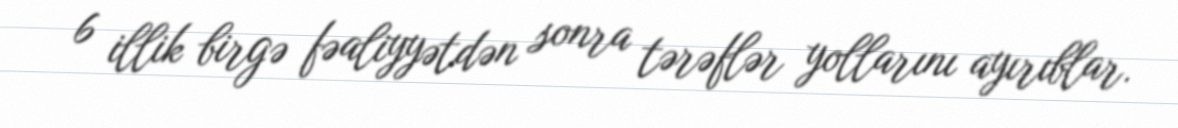
6 illik birgə fəaliyyətdən sonra tərəflər yollarını ayırıblar.